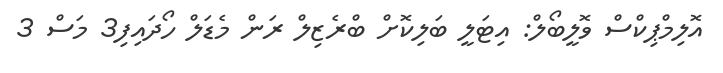
އޮލިމްޕިކްސް ވޮލީބޯލް: އިޓަލީ ބަލިކޮށް ބްރެޒިލް ރަން މެޑަލް ހޯދައިފި3 މަސް 3